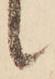
候